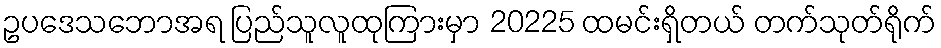
ဥပဒေသဘောအရ ပြည်သူလူထုကြားမှာ 20225 ထမင်းရှိတယ် တက်သုတ်ရိုက်